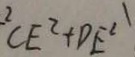
C E ^ { 2 } + D E ^ { 2 }